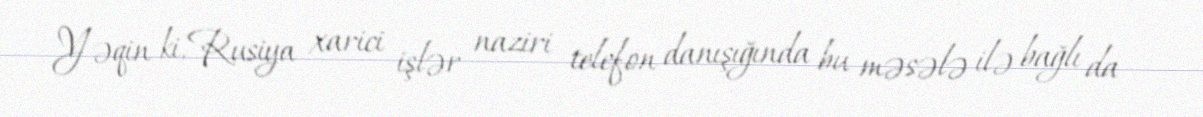
Yəqin ki, Rusiya xarici işlər naziri telefon danışığında bu məsələ ilə bağlı da